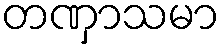
တဏှာသမာ